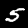
Label: 5